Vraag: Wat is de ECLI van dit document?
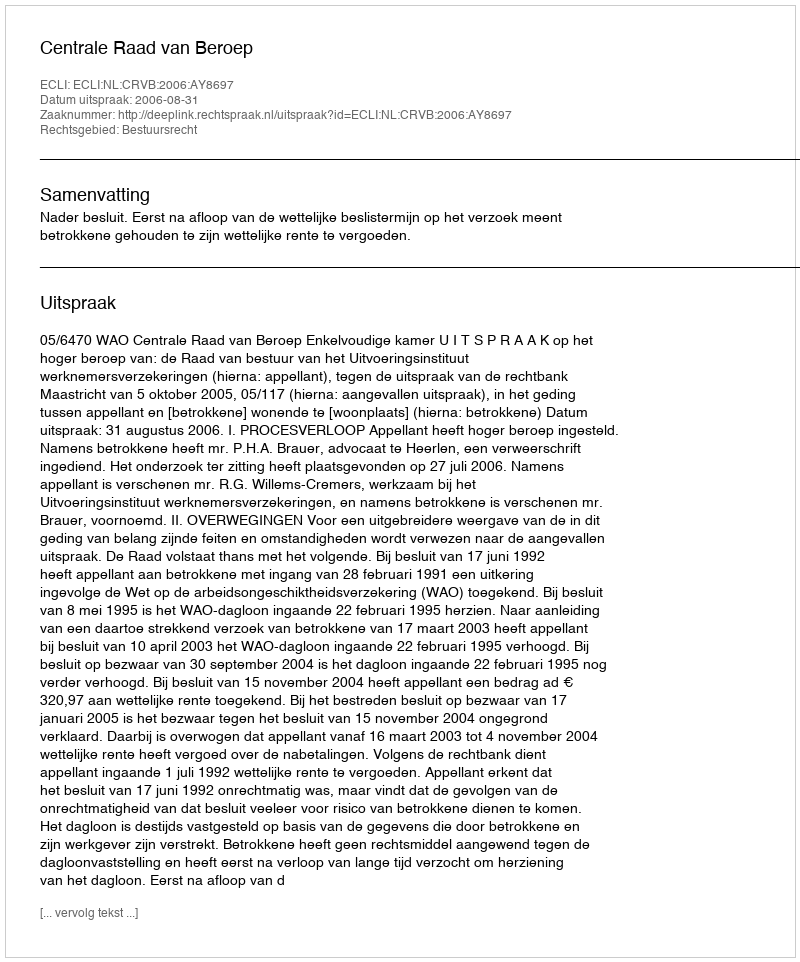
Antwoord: ECLI:NL:CRVB:2006:AY8697